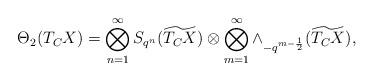
LaTeX: \begin{align*}\Theta_2(T_{C}X)=\bigotimes _{n=1}^{\infty}S_{q^n}(\widetilde{T_CX})\otimes\bigotimes _{m=1}^{\infty}\wedge_{-q^{m-\frac{1}{2}}}(\widetilde{T_CX}),\end{align*}